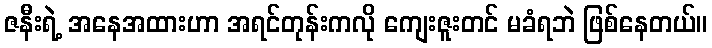
ဇနီးရဲ့ အနေအထားဟာ အရင်တုန်းကလို ကျေးဇူးတင် မခံရဘဲ ဖြစ်နေတယ်။